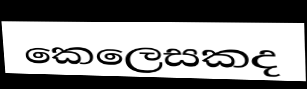
කෙලෙසකද